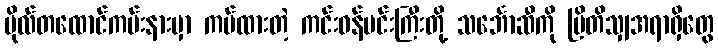
ဗိုလ်တထောင်ကမ်းနားမှာ ကပ်ထားတဲ့ ကင်းဝန်မင်းကြီးတို့ သင်္ဘောဆီကို ဗြိတိသျှအရာရှိတွေ